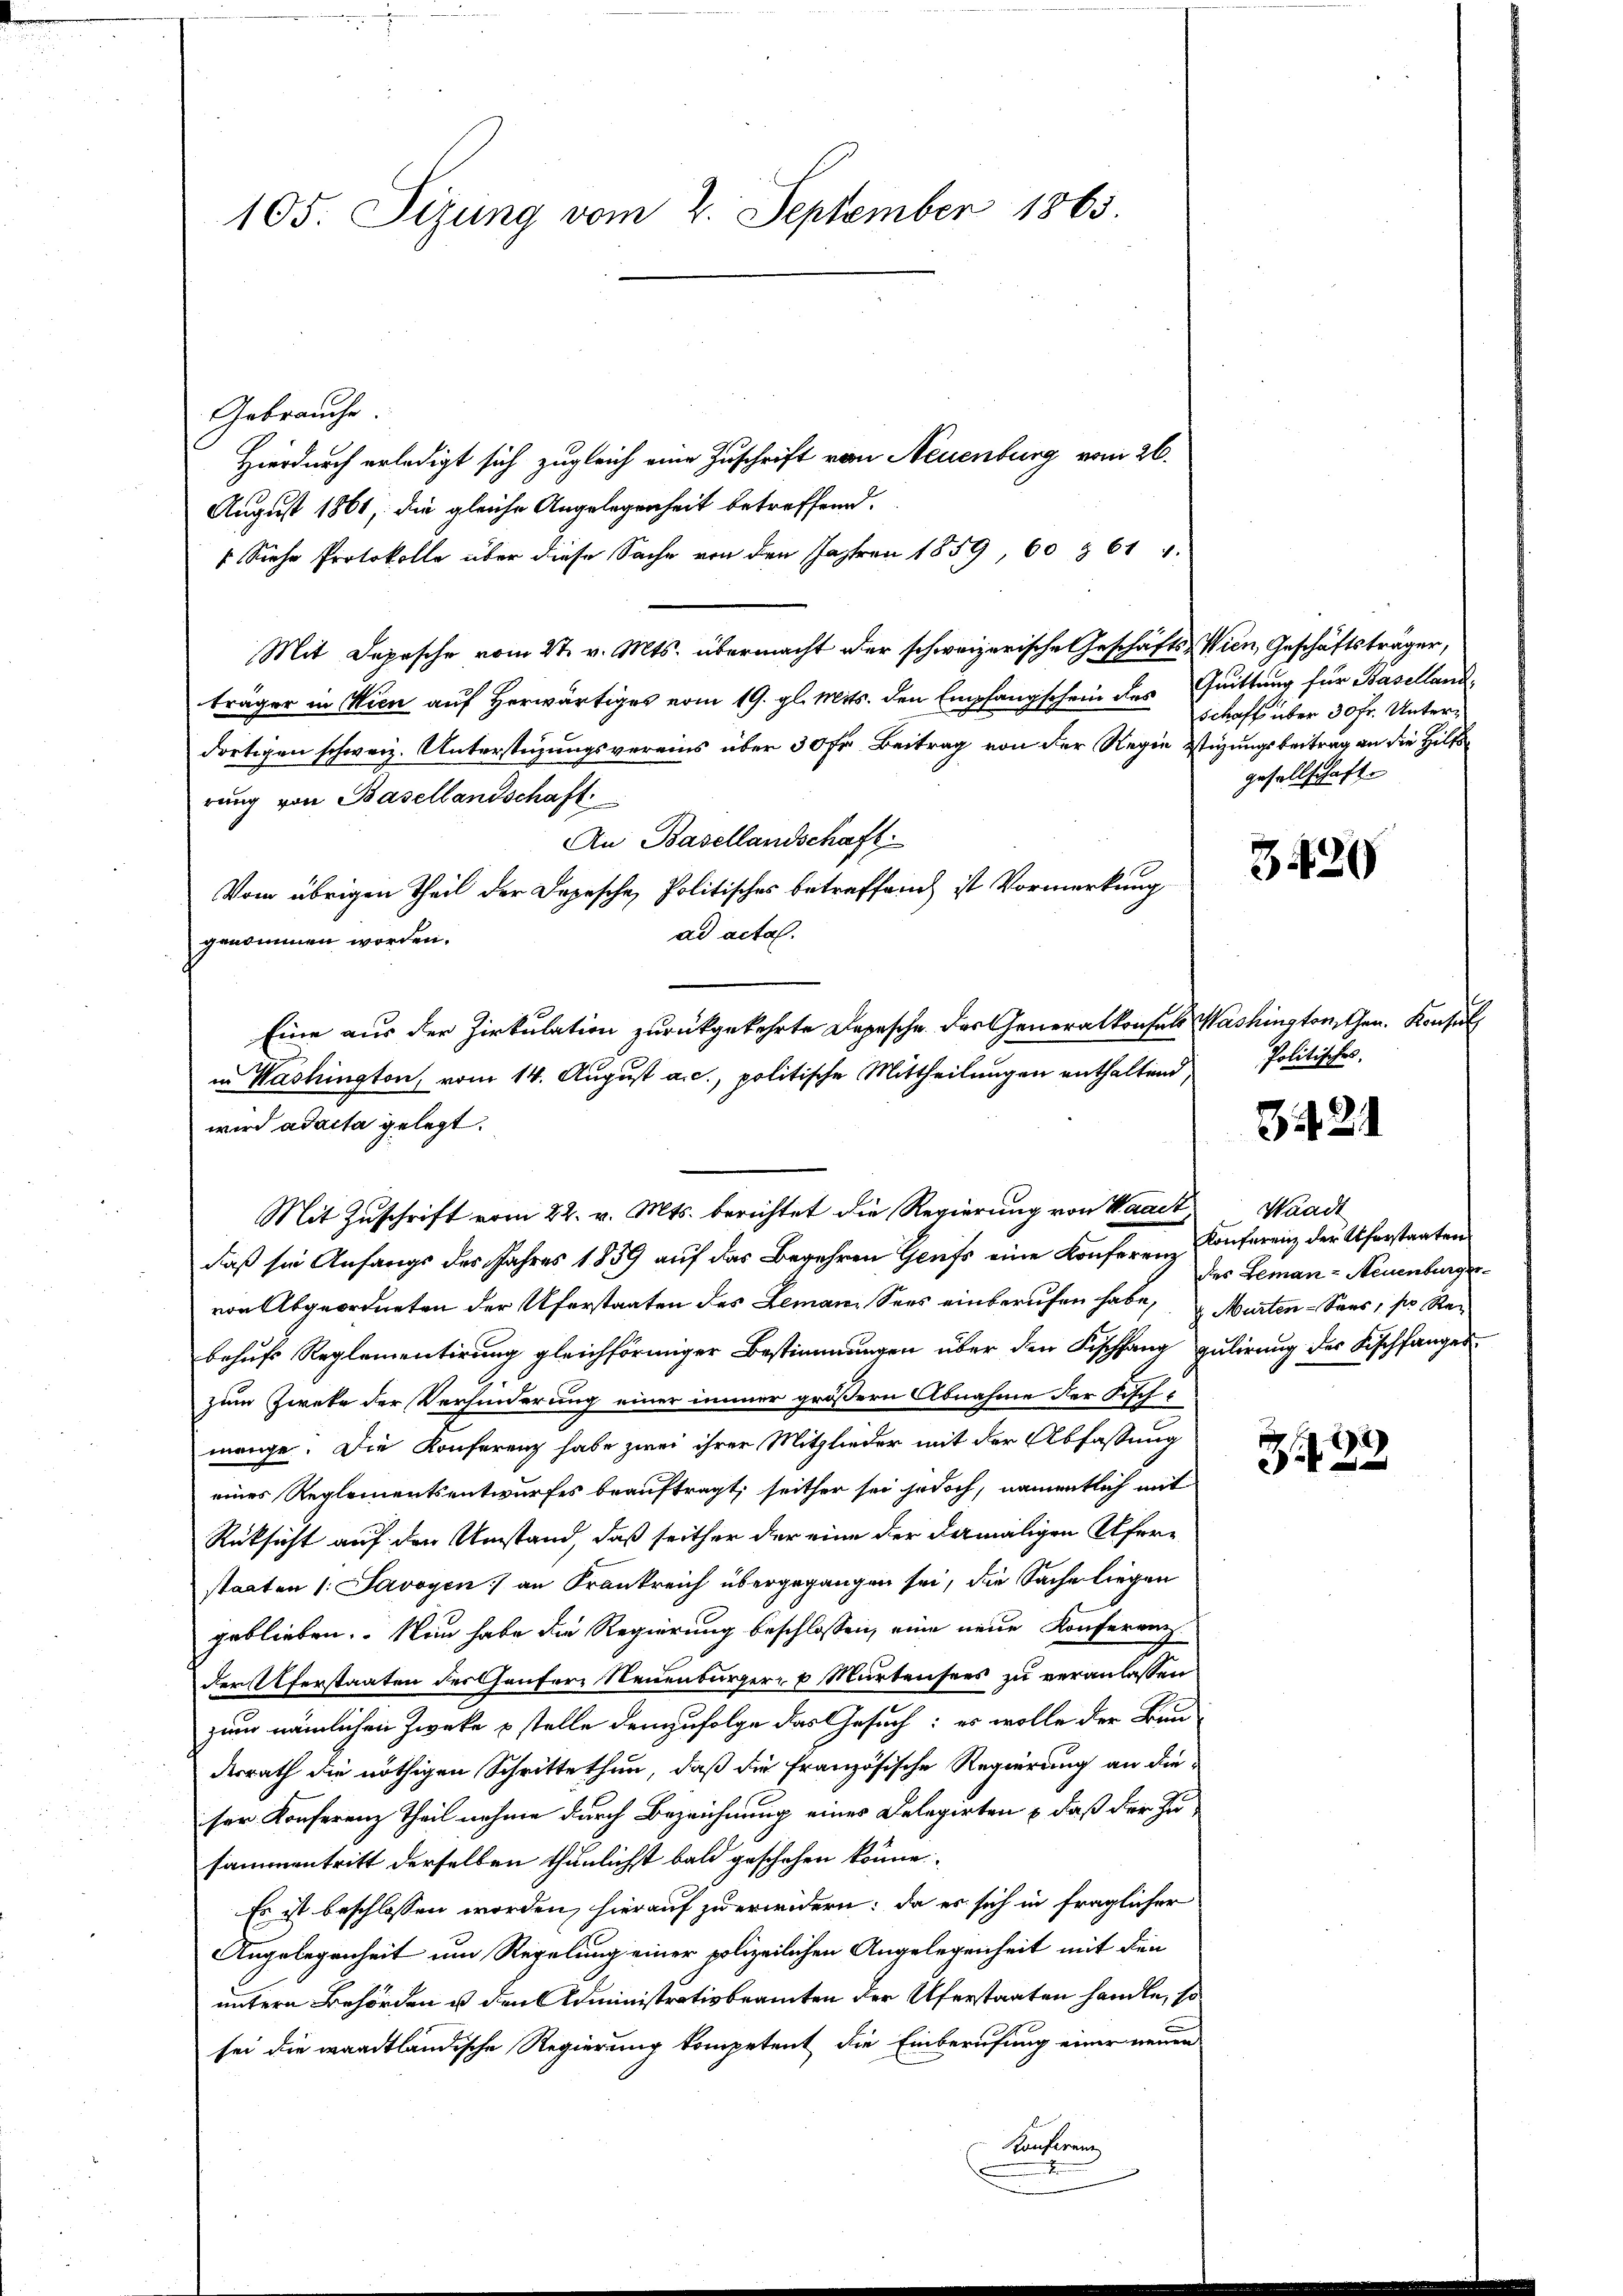
105. Sizung vom 2. September 1865.

Gebrauche.
Hierdurch erledigt sich zugleich eine Zuschrift vom Neuenburg vom 26.
August 1861, die gleiche Angelegenheit betreffend.
“ Siehe Protokolle über diese Sache von den Jahren 1859, 60 § 614.
Mit Depesche vom 2t v. Mts. übermacht der schweizerische Geschäfts-Wien, Geschäftsträger,
träger in Wien auf Herwärtiges vom 19. gl. Mits. den Empfangschein des Quittung für Basellanddortigen schweiz. Unterstüzungsvereins über 30 Fr. Beitrag von der Regie Stigungsbeitrag an die Hilfsrung von Basellandschaft
An Basellandschaft
Vom übrigen Theil der Depesche Politisches betreffend ist Vormerkung
ad acta.
genommen worden.
Eine aus der Zirkulation zurückgekehrte Depesche des Generalkonsuls Washingtonischen. Konsul
in Washington, vom 14. August a. c., politische Mittheilungen enthaltend,
wird ad acta gelegt.

daß sie Anfangs des Jahres 1859 auf das Begehren Genfs eine Konferenz Konferenz der Uferstaaten
von Abgeordneten der Uferstaaten des Lemann Sees einberufen habe, Murten - Sans, pro Rebehufs Reglementirung gleichförmiger Bestimmungen über den Fischfang gulirung des Fischfanges
zum Zweke der Verhinderung einer immer größern Abnahme der Fische
menge. Die Konferenz habe zwei ihrer Mitglieder mit der Abfassung
eines Reglementsentwurfes beauftragt, seither sei jedoch, namentlich mit
Rüksicht auf den Umstand, daß seither der eine der dermaligen Uferstaaten 1. Savoyen) an Frankreich übergegangen sei, die Sache liegen
geblieben. Nun habe die Regierung beschlossen, eine neue Konferenz
der Uferstaaten der häufers Neuenburger- u Murtensees zu veranlassen
zum nämlichen Zwecke stelle demzufolge das Gesuch: es wolle der Bau-
derrath die nöthigen Schrittethun, daß die französische Regierung an die
ser Konferenz Theil nehme durch Bezeichnung eines Delegirten & daß der Zusammentritt derselben thunlichst bald geschehen könne.
Es ist beschlossen worden, hierauf zu erwidern: da es sich in fraglicher
Angelegenheit um Regelung einer polizeilichen Angelegenheit mit den
untern Behörden u den Administrativbeamten der Uferstaaten handte, so
sei die waadtländische Regierung kompetent die Einberufung einer neuen
Konferenz

Mit Zuschrift vom 22. v. Mts. berichtet die Regierung von Waadt

Schaft über 30 fr. Untergesellschaft.

3420

Politisches.

3.421

Waadt
des Leman - Neuenburger¬

3. f. 32